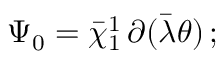
\Psi _ { 0 } = \bar { \chi } _ { 1 } ^ { 1 } \, \partial ( \bar { \lambda } \theta ) \, ;